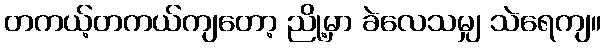
တကယ့်တကယ်ကျတော့ ညို့မှာ ခဲလေသမျှ သဲရေကျ။